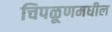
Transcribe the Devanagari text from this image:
चिपळूणमधील